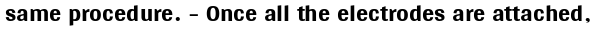
same procedure. - Once all the electrodes are attached,